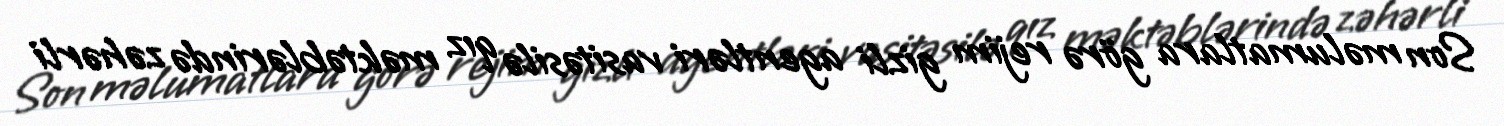
Son məlumatlara görə rejim gizli agentləri vasitəsilə qız məktəblərində zəhərli